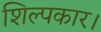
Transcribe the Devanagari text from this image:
शिल्पकार।